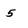
Character: 5